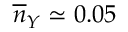
\overline { { n } } _ { Y } \simeq 0 . 0 5